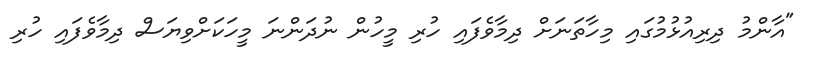
"އާންމު ދިރިއުޅުމުގައި މިހާތަނަށް ދިމާވެފައި ހުރި މީހުން ނުދަންނަ މީހަކަށްވިޔަސް ދިމާވެފައި ހުރި